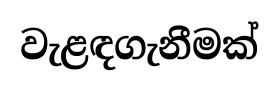
වැළඳගැනීමක්